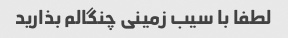
لطفا با سیب زمینی چنگالم بذارید